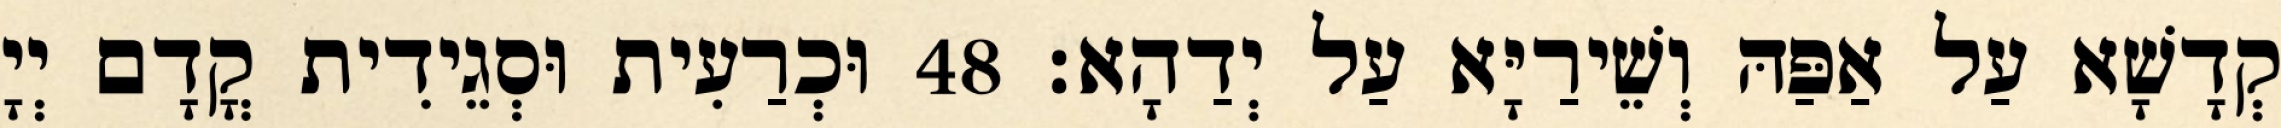
קְדָשָׁא עַל אַפַּהּ וְשֵׁירַיָּא עַל יְדַהָא׃ 48 וּכְרַעִית וּסְגֵידִית קֳדָם יְיָ